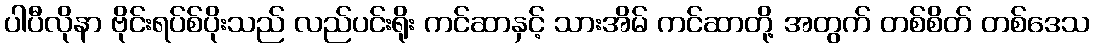
ပါပီလိုနာ ဗိုင်းရပ်စ်ပိုးသည် လည်ပင်းရိုး ကင်ဆာနှင့် သားအိမ် ကင်ဆာတို့ အတွက် တစ်စိတ် တစ်ဒေသ